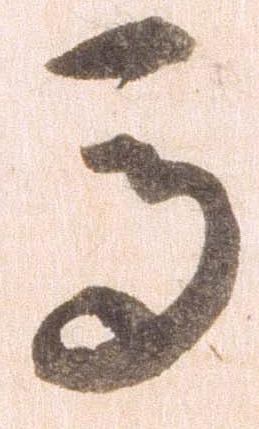
馬